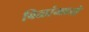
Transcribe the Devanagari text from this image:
बिळांमध्ये